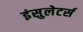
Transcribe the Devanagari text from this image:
इंसुलेटर्स